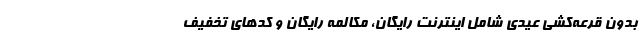
بدون قرعه‌کشی عیدی‌ شامل اینترنت رایگان، مکالمه رایگان و کدهای تخفیف